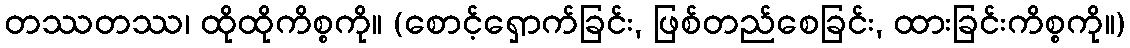
တဿတဿ၊ ထိုထိုကိစ္စကို။ (စောင့်ရှောက်ခြင်း, ဖြစ်တည်စေခြင်း, ထားခြင်းကိစ္စကို။)